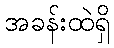
အခန်းထဲရှိ